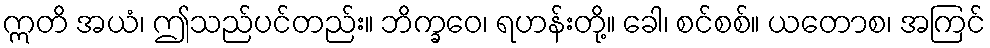
ဣတိ အယံ၊ ဤသည်ပင်တည်း။ ဘိက္ခဝေ၊ ရဟန်းတို့။ ခေါ၊ စင်စစ်။ ယတောစ၊ အကြင်